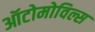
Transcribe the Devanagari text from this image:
ऑटोमोविल्स